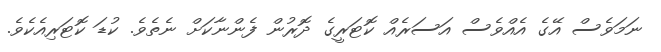
ނަމަވެސް އޭގެ އެއްވެސް އަސަރެއް ކޮޓަރީގެ ދޮރުން ފެންނާކަށް ނެތެވެ. ކުޑަ ކޮޓަރިއެކެވެ.